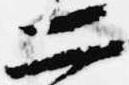
二